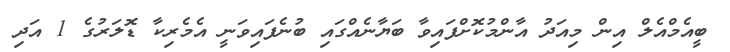
ބީއެމްއެލް އިން މިއަދު އާންމުކޮށްފައިވާ ބަޔާނެއްގައި ބުނެފައިވަނީ އެމެރިކާ ޑޮލަރުގެ 1 އަދި